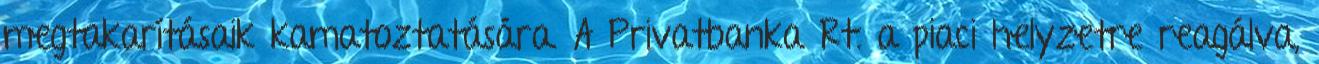
megtakarításaik kamatoztatására. A Privatbanka Rt. a piaci helyzetre reagálva,